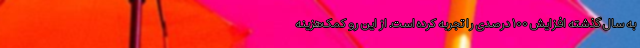
به سال گذشته افزایش ۱۰۰ درصدی را تجربه کرده است. از این رو کمک‌هزینه